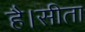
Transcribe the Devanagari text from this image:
है।सीता